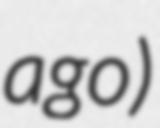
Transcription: ago)